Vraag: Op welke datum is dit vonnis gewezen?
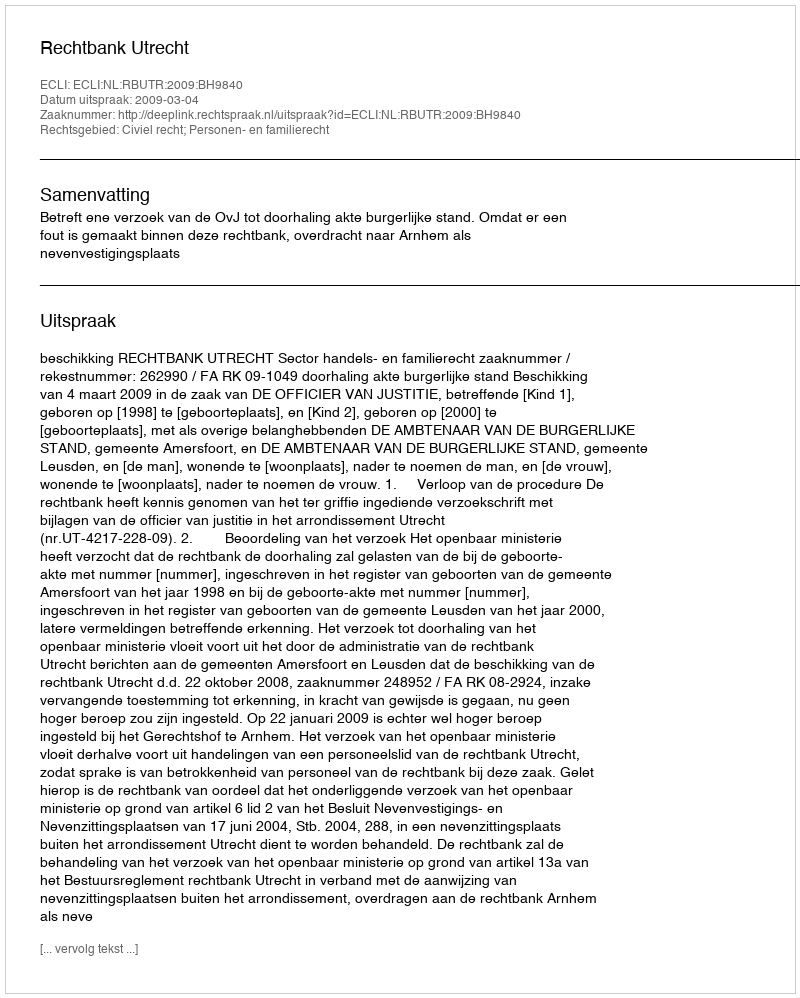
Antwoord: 2009-03-04